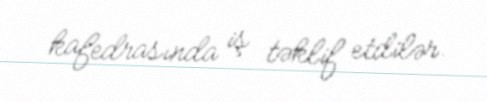
kafedrasında iş təklif etdilər.